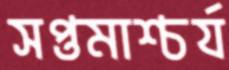
সপ্তমাশ্চর্য